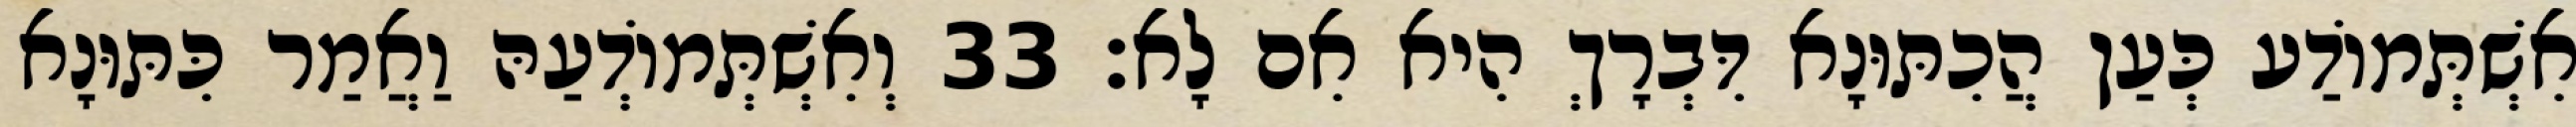
אִשְׁתְּמוֹדַע כְּעַן הֲכִתּוּנָא דִּבְרָךְ הִיא אִם לָא׃ 33 וְאִשְׁתְּמוֹדְעַהּ וַאֲמַר כִּתּוּנָא